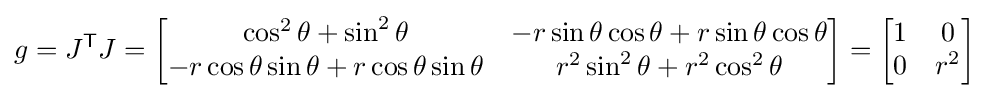
g=J^{\mathsf {T}}J={\begin{bmatrix}\cos ^{2}\theta +\sin ^{2}\theta &-r\sin \theta \cos \theta +r\sin \theta \cos \theta \\-r\cos \theta \sin \theta +r\cos \theta \sin \theta &r^{2}\sin ^{2}\theta +r^{2}\cos ^{2}\theta \end{bmatrix}}={\begin{bmatrix}1&0\\0&r^{2}\end{bmatrix}}